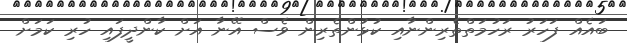
ބައެއް ފަހަރު ރަހުމަތްތެރިންނާއި ކުޅުންތެރިން ވެސް އޭނާ އަށް ކާންދީފައި ހުރި ކަމަށް